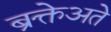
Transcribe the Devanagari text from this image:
ब्रक्तेअते